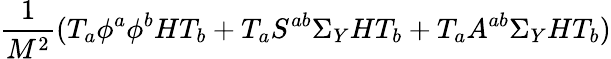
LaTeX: {\frac{1}{M^{2}}}(T_{a}\phi^{a}\phi^{b}HT_{b}+T_{a}S^{ab}\Sigma_{Y}HT_{b}+T_{a}A^{ab}\Sigma_{Y}HT_{b})